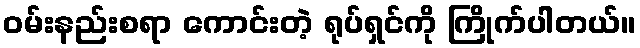
ဝမ်းနည်းစရာ ကောင်းတဲ့ ရုပ်ရှင်ကို ကြိုက်ပါတယ်။